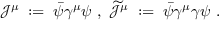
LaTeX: { \mathcal J } ^ { \mu } \; : = \; \bar { \psi } \gamma ^ { \mu } \psi \ , \ \widetilde { { \mathcal J } } ^ { \mu } \; : = \; \bar { \psi } \gamma ^ { \mu } \gamma \psi \ .